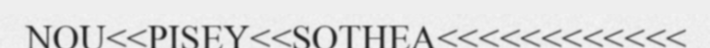
NOU<<PISEY<<SOTHEA<<<<<<<<<<<<